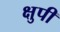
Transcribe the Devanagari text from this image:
क्षुपी